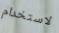
لاستخدام